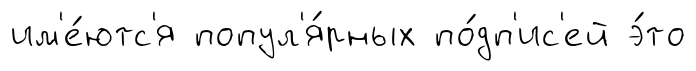
им'е́ютс'я попул'я́рных по́дп'ис'ей э́то